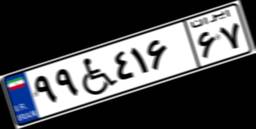
۹۹W۴۱۶۶۷